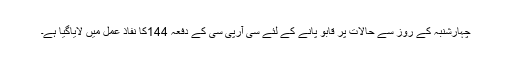
چہارشنبہ کے روز سے حالات پر قابو پانے کے لئے سی آرپی سی کے دفعہ 144کا نفاذ عمل میں لایاگیا ہے۔